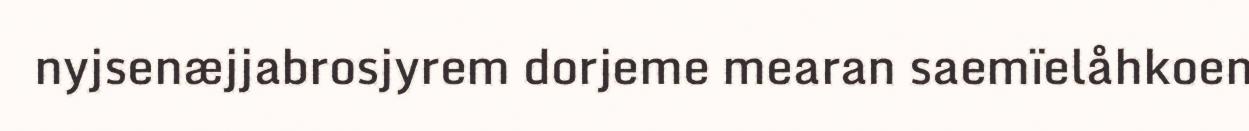
nyjsenæjjabrosjyrem dorjeme mearan saemïelåhkoen